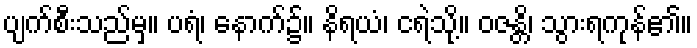
ပျက်စီးသည်မှ။ ပရံ၊ နောက်၌။ နိရယံ၊ ငရဲသို့။ ဝဇန္တိ၊ သွားရကုန်၏။